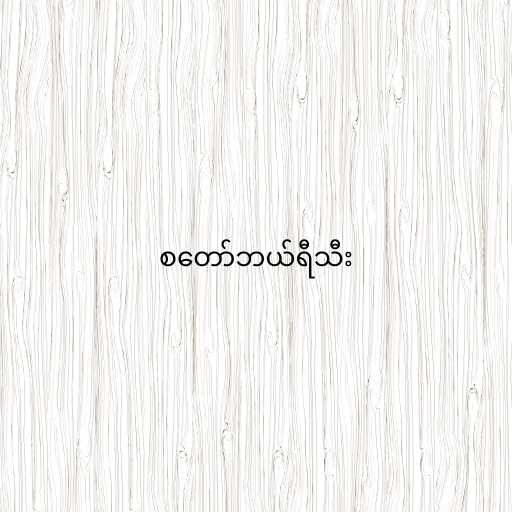
စတော်ဘယ်ရီသီး